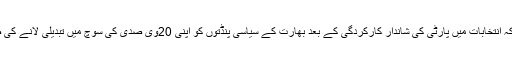
ان کا کہنا تھا کہ انتخابات میں پارٹی کی شاندار کارکردگی کے بعد بھارت کے سیاسی پنڈتوں کو اپنی 20وی صدی کی سوچ میں تبدیلی لانے کی ضرورت ہے‘۔